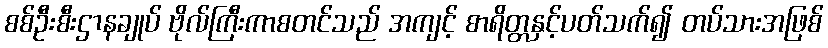
စစ်ဦးစီးဌာနချုပ် ဗိုလ်ကြီးကာစတင်သည် အကျင့် စာရိတ္တနှင့်ပတ်သက်၍ တပ်သားအဖြစ်